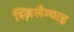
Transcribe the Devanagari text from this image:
स्ज़िलैग्याइ